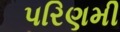
પરિણમી